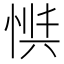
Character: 𱞟